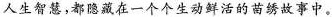
人生智慧，都yinchang